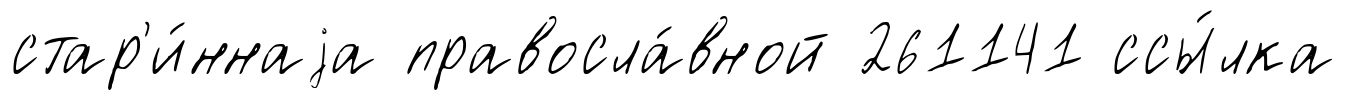
стар'и́ннаjа правосла́вной 261141 ссы́лка